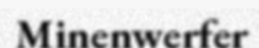
Minenwerfer